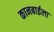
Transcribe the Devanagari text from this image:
कानबाईला